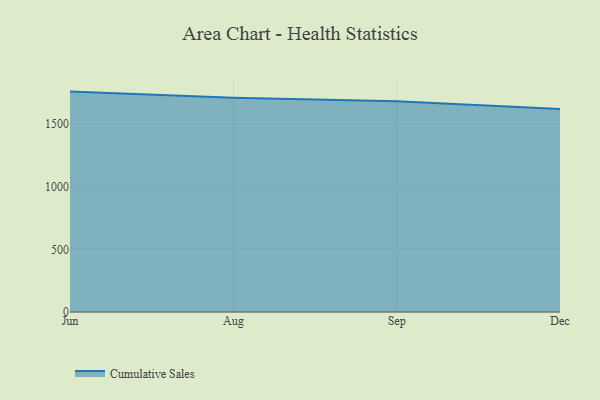
{"axis": {"x": "Month", "y": "Production Output"}, "legend": ["Cumulative Sales"], "data": [{"x": "Jun", "y": 1760.6, "type": "Cumulative Sales"}, {"x": "Aug", "y": 1712.3, "type": "Cumulative Sales"}, {"x": "Sep", "y": 1682.6, "type": "Cumulative Sales"}, {"x": "Dec", "y": 1622.2, "type": "Cumulative Sales"}]}